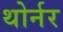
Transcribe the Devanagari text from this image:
थोर्नर